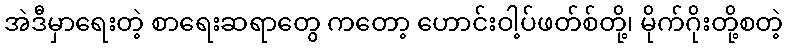
အဲဒီမှာရေးတဲ့ စာရေးဆရာတွေ ကတော့ ဟောင်းဝါ့ပ်ဖတ်စ်တို့၊ မိုက်ဂိုးတို့စတဲ့